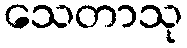
သေတာသု